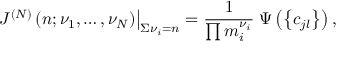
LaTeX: \left. \; J ^ { ( N ) } \left( n ; \nu _ { 1 } , \ldots , \nu _ { N } \right) \right| _ { \Sigma \nu _ { i } = n } = \frac { 1 } { \prod m _ { i } ^ { \nu _ { i } } } \; \Psi \left( \left\{ c _ { j l } \right\} \right) ,